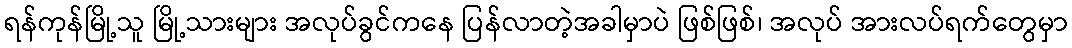
ရန်ကုန်မြို့သူ မြို့သားများ အလုပ်ခွင်ကနေ ပြန်လာတဲ့အခါမှာပဲ ဖြစ်ဖြစ်၊ အလုပ် အားလပ်ရက်တွေမှာ